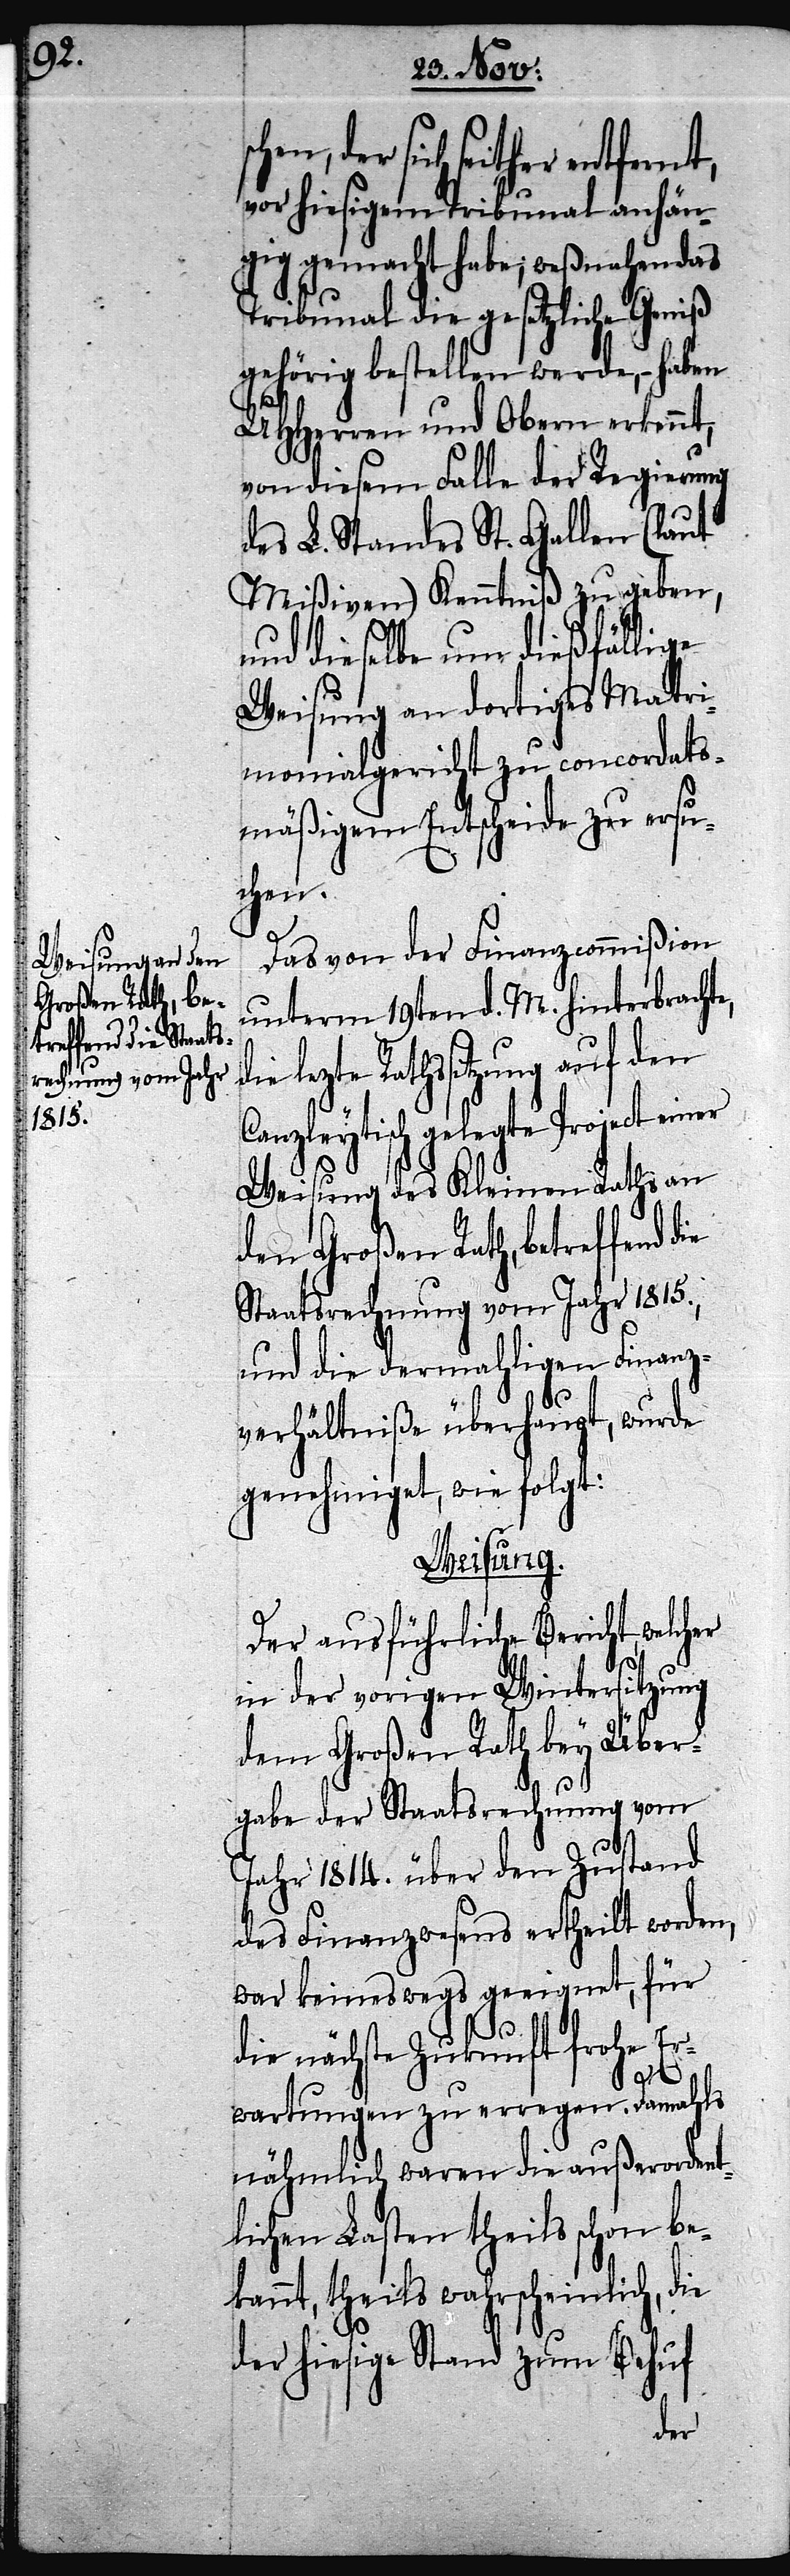
sich seither entfernt,
vor hiesigem Tribunal anhän¬
gig gemacht habe; weßnahen das
Tribunal die gesetzliche Geniß
gehörig bestellen werde, – haben
UHHerren und Obern erkennt,
von diesem Falle der Regierung
des L. Standes St. Gallen (laut
Mißiven) Kenntniß zu geben,
und dieselbe um dießfällige
Weisung an dortiges Matri¬
monialgericht zu concordats¬
mäßigem Entscheide zu ersu¬
chen.
Das von der Finanzcommißion
unterm 19ten d. M. hinterbrachte,
ie lezte Rathsitzung auf den
Canzleytisch gelegte Project einer
Weisung des Kleinen Raths an
den Großen Rath, betreffend
Staatsrechnung vom Jahr 1815.,
und die dermahligen Finanz¬
d¬
verhältniße überhaupt, wurde
genehmiget, wie folgt:
Weisung.
Der ausführliche Bericht, welcher
in der vorigen Wintersitzung
dem Großen Rath bey Über¬
gabe der Staatsrechnung vom
Jahr 1814. über den Zustand
des Finanzwesens ertheilt worden,
war keineswegs geeignet, für
die nächste Zukunft frohe Er¬
wartungen zu erregen. Damahls
nähmlich waren die außerordent¬
lichen Lasten theils schon bek¬
annt, theils wahrscheinlich, die
der hiesige Stand zum Behuf
der